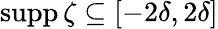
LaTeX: \operatorname{supp}\zeta\subseteq[-2\delta,2\delta]